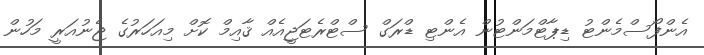
އެންފޯސްމެންޓު ޑިޕާޓްމަންޓުން އެންޓި ޑްރަގް ސްޓްރެޓަޖީއެއް ޤާއިމް ކޮށް މިއަހަރުގެ ޖެނުއަރީ މަހުން